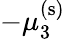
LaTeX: -\mu_{3}^{\mathrm{(s)}}